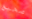
صحيح